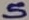
Text: 5